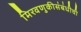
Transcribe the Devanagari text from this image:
मिरवणुकीसंबंधीची